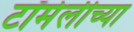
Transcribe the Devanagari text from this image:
टॉमेलीच्या